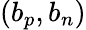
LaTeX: (b_{p},b_{n})